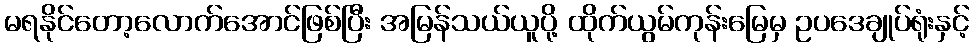
မရနိုင်တော့လောက်အောင်ဖြစ်ပြီး အမြန်သယ်ယူပို့ ထိုက်ယွမ်ကုန်းမြေမှ ဥပဒေချုပ်ရုံးနှင့်